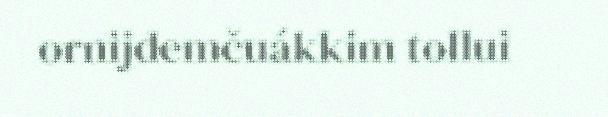
ornijdemčuákkim tollui